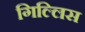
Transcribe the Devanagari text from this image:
गिल्लिस